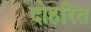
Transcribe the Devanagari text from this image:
दोहरित